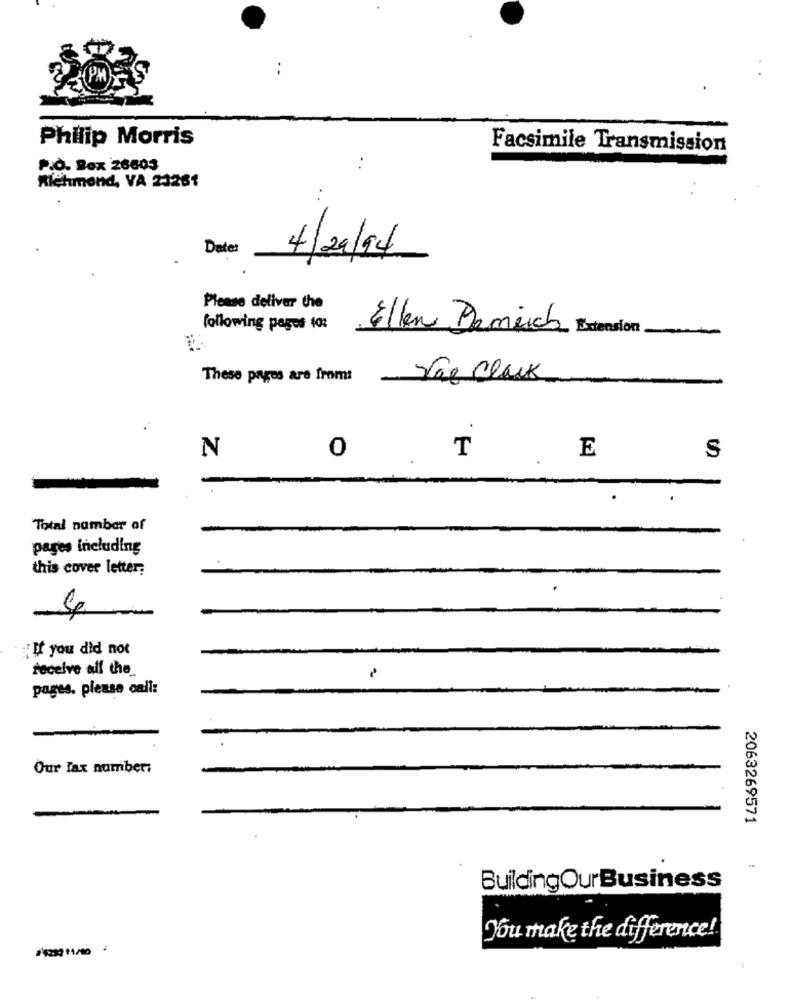
PM
Philip Morris
Facsimile Transmission
P.O. Box 26603
. .
Richmond, VA 23261
Date:
4/29/94
Please deliver the
following pages 10:
Ellen Demiich Extension
These pages are from:
The Clack
..
N
E
0
T
S
Total number of
pages including
this cover letter;
:: If you did not
receive all the_
pages. please call:
Our fax number:
2063269571
BuildingOurBusiness
You make the difference!